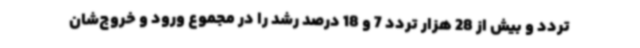
تردد و بیش از 28 هزار تردد 7 و 18 درصد رشد را در مجموع ورود و خروج‌شان